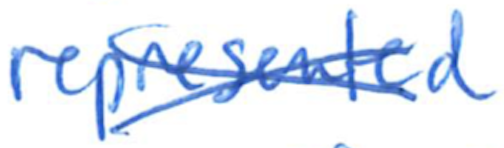
Text: represented
Cross-out: cross
Writing tool: ballpoint